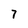
Character: 7